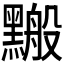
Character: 𪒋